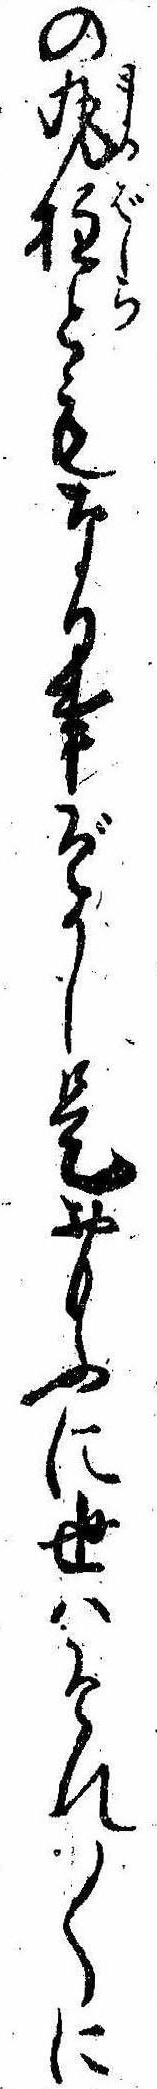
の丸柱ともなる事ぞかし是おもふに世はそれ〱に